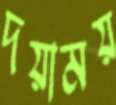
দয়াময়